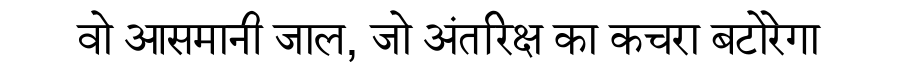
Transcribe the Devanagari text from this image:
वो आसमानी जाल, जो अंतरिक्ष का कचरा बटोरेगा